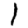
Digit: 1